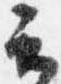
云